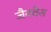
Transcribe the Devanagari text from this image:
जैक्वेस